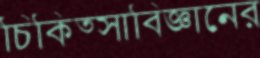
চিকিত্সাবিজ্ঞানের